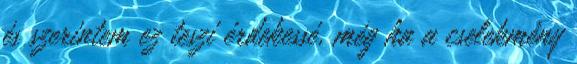
és szerintem ez teszi érdekessé, még ha a cselekmény